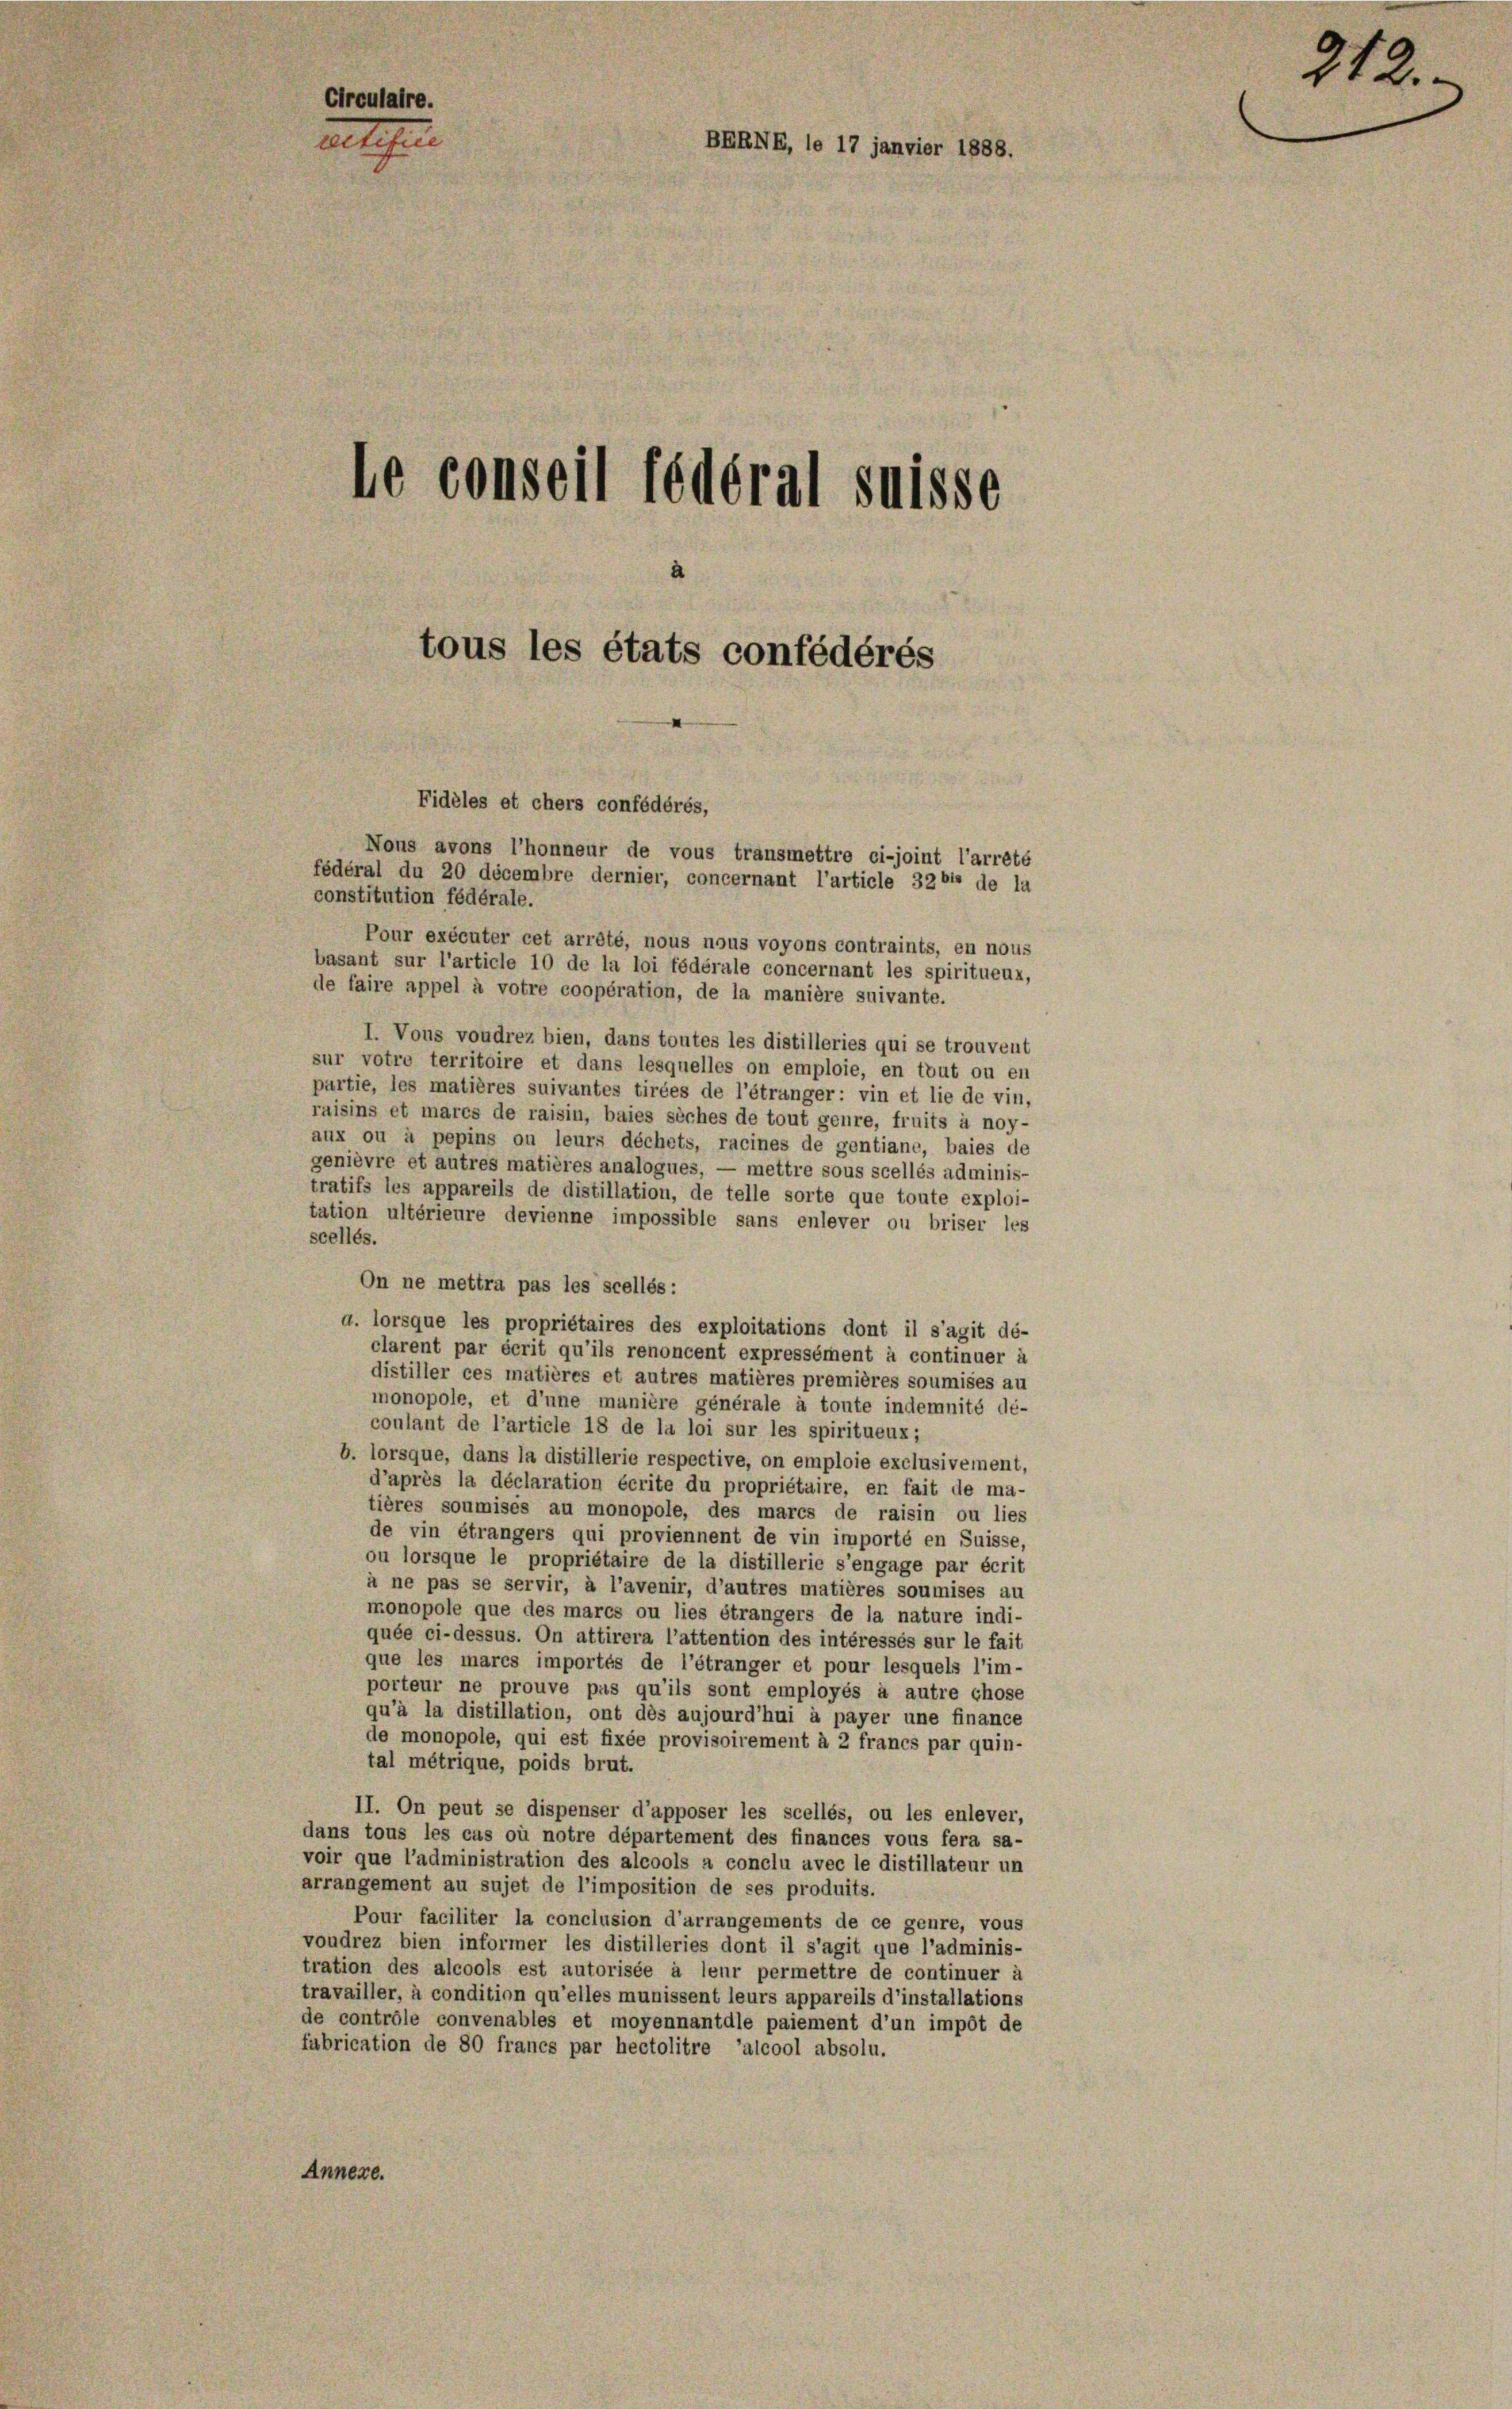
Circulaire.
vetiere
BERNE, le 17 janvier 1888.
le conseil fédéral suisse
tous les états confédérés

Fidèles et chers confédérés,
Nons avons l’honneur de vous transmettre ci-joint l’arrêté
fédéral du 20 décembre dernier, concernant l’article 3264 de la
constitution fédérale.

Pour exécuter cet arrêté, nous nous voyons contraints, en nous
basant sur l’article 10 de la loi fédérale concernant les spiritueux,
de faire appel à votre coopération, de la manière suivante.
I. Vous voudrez bien, dans toutes les distilleries qui se trouvent
sur votro territoire et dans lesquelles on emploie, en tout ou en
partie, les matières suivantes tirées de l’étranger: vin et lie de vin,
raisins et mares de raisin, baies siches de tout genre, fruits à noy-
aux ou à pepins ou leurs déchets, racines de gentiane, baies de
genièvre et autres matières analogues, — mettre sous scellés adminis-
tratifs les appareils de distillation, de telle sorte que toute exploi-
tation ultérieure devienne impossible sans enlever ou briser les
scellés.
On ne mettra pas les scellés:
a. lorsque les propriétaires des exploitations dont il s’agit dé-
clarent par écrit qu’ils renoncent expressément à continuer à
distiller ces matières et autres matières premières soumises au
monopole, et d’une manière générale à toute indemnité dé-
coulant de l’article 18 de la loi sur les spiritueux;
b. lorsque, dans la distillerie respective, on emploie exclusivement,
d’après la déclaration écrite du propriétaire, en fait de ma-
tières soumises au monopole, des marcs de raisin ou lies
de vin étrangers qui proviennent de vin importé en Suisse,
ou lorsque le propriétaire de la distillerie s’engage par écrit
à ne pas se servir, à l’avenir, d’autres matières soumises au
monopole que des marcs ou lies étrangers de la nature indi-
quée ci-dessus. On attirera l’attention des intéressés sur le fait
que les mares importés de l’étranger et pour lesquels l’im-
porteur ne prouve pas qu’ils sont employés à autre chose
qu’à la distillation, ont dès aujourd’hui à payer une finance
de monopole, qui est fixée provisoirement à 2 francs par quin-
tal métrique, poids brut.
II. On peut se dispenser d’apposer les scellés, ou les enlever,
dans tous les cas où notre département des finances vous fera sa-
voir que l’administration des alcools a conclu avec le distillateur un
arrangement au sujet de l’imposition de ses produits.
Pour faciliter la conclusion d’arrangements de ce genre, vous
voudrez bien informer les distilleries dont il s’agit que l’adminis-
tration des alcools est autorisée à leur permettre de continuer à
travailler, à condition qu’elles munissent leurs appareils d’installations
de contrôle convenables et moyennantdle paiement d’un impôt de
fubrication de 80 francs par hectolitre ’alcool absolu.
Annexe.

212.